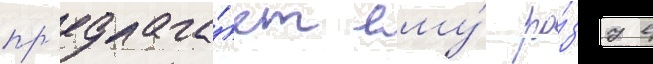
пр'едлага́ет ему́ ро́зу в